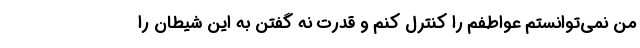
من نمی‌توانستم عواطفم را کنترل کنم و قدرت نه گفتن به این شیطان را